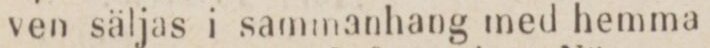
ven säljas i sammanhang med hemma